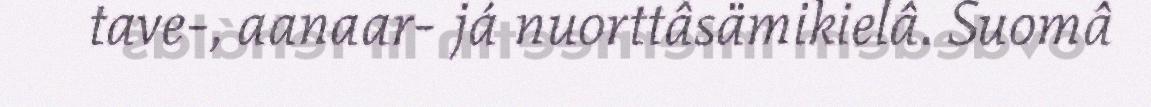
tave-, aanaar- já nuorttâsämikielâ. Suomâ